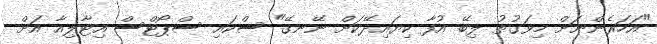
"އަހަރެންނަށް މިވަގުތު ލިބޭ އުފާ ކިޔައިދޭކަށް ނޭނގޭ" ސްކައި ސްޕޯޓްސް އިޓާލިއާ އަށް